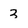
Character: 3